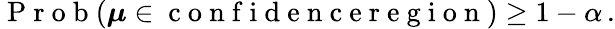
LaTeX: \mathrm{~P~r~o~b~}(\boldsymbol{\mu}\in\mathrm{~c~o~n~f~i~d~e~n~c~e~r~e~g~i~o~n~})\geq 1-\alpha\, .